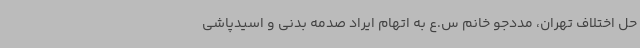
حل اختلاف تهران، مددجو خانم س.ع به اتهام ایراد صدمه بدنی و اسیدپاشی